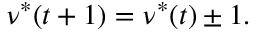
\nu ^ { * } ( t + 1 ) = \nu ^ { * } ( t ) \pm 1 .